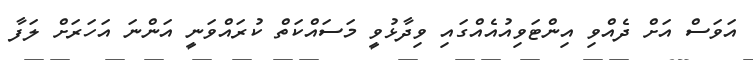
އަވަސް އަށް ދެއްވި އިންޓަވިއުއެއްގައި ވިދާޅުވީ މަސައްކަތް ކުރައްވަނީ އަންނަ އަހަރަށް ލަފާ